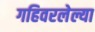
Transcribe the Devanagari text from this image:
गहिवरलेल्या